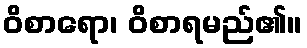
ဝိစာရော၊ ဝိစာရမည်၏။